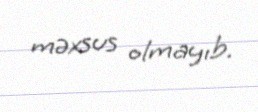
məxsus olmayıb.